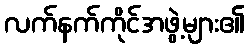
လက်နက်ကိုင်အဖွဲ့များ၏